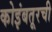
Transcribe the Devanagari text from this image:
कोइंबतूरची